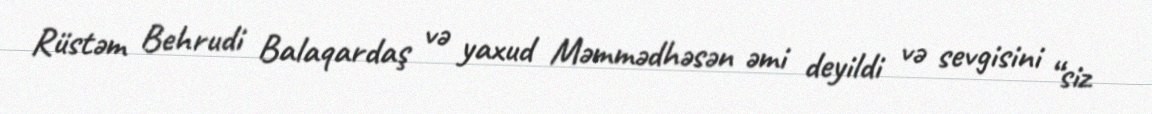
Rüstəm Behrudi Balaqardaş və yaxud Məmmədhəsən əmi deyildi və sevgisini “siz